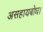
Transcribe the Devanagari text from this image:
असहायबोध।